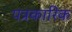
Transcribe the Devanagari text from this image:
पत्रकारिक